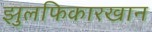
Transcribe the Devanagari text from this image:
झुलफिकारखान